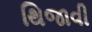
થિજાવી